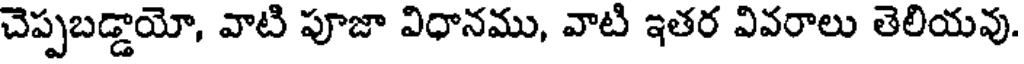
చెప్పబడ్డాయో, వాటి పూజా విధానము, వాటి ఇతర వివరాలు తెలియవు.